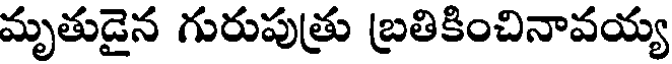
మృతుడైన గురుపుత్రు బ్రతికించినావయ్య